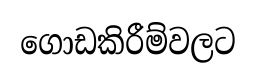
ගොඩකිරීම්වලට